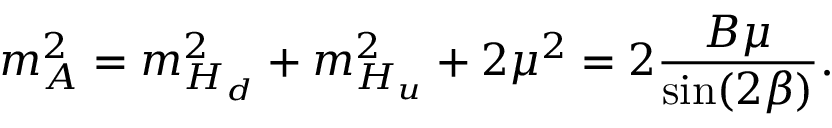
m _ { A } ^ { 2 } = m _ { H _ { d } } ^ { 2 } + m _ { H _ { u } } ^ { 2 } + 2 \mu ^ { 2 } = 2 { \frac { B \mu } { \sin ( 2 \beta ) } } .